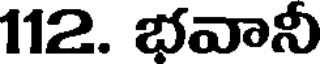
112. భవానీ